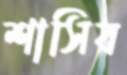
শাসিব